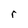
Character: r